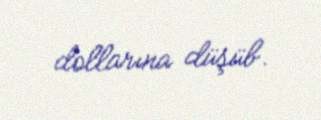
dollarına düşüb.